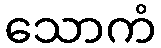
သောကံ